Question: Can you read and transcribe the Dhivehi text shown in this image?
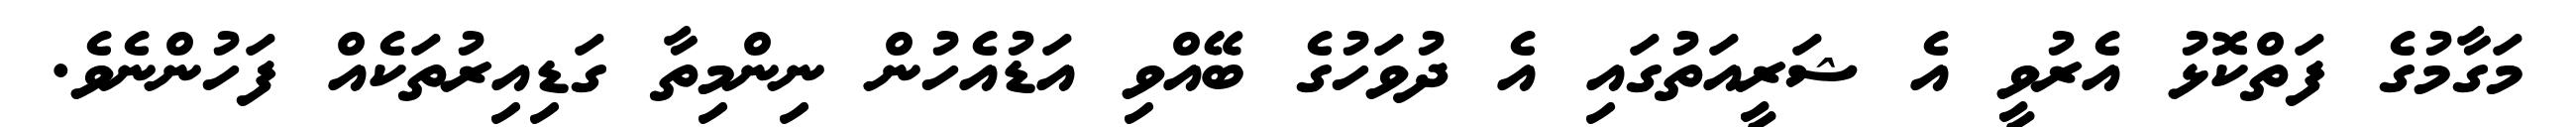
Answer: މަގާމުގެ ފަތްކޮޅު އެރުވީ އެ ޝަރީއަތުގައި އެ ދުވަހުގެ ބޭއްވި އަޑުއެހުން ނިންމިތާ ގަޑިއިރުތަކެއް ފަހުންނެވެ.